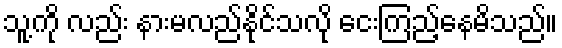
သူ့ကို လည်း နားမလည်နိုင်သလို ငေးကြည့်နေမိသည်။